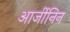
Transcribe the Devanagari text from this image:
आर्जीनिन